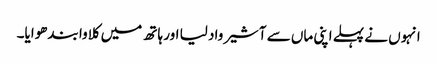
انہوں نے پہلے اپنی ماں سے آشیرواد لیا اور ہاتھ میں کلاوا بندھوایا۔